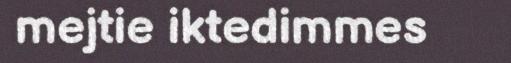
mejtie iktedimmes